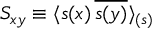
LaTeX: S _ { x y } \equiv \langle s ( x ) \, { \overline { { s ( y ) } } } \rangle _ { ( s ) }